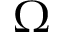
\Omega